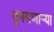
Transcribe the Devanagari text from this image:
धुमसणार्‍या